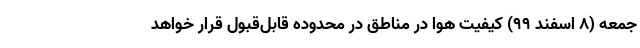
جمعه (۸ اسفند ۹۹) کیفیت هوا در مناطق در محدوده قابل‌قبول قرار خواهد